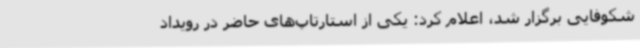
شکوفایی برگزار شد، اعلام کرد: یکی از استارتاپ‌های حاضر در رویداد